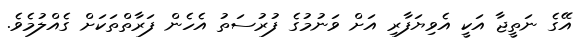
އޭގެ ނަތީޖާ އަކީ އެވިޔަފާރި އަށް ވަނުމުގެ ފުރުސަތު އެހެން ފަރާތްތަކަށް ގެއްލުމެވެ.